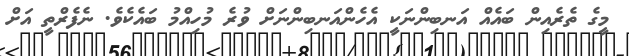
މީގެ ތެރެއިން ބައެއް އަނބިންނަކީ އެހެންއަނބިންނަށް ވުރެ މުހިއްމު ބައެކެވެ. ނެފެރްތީ އަށް